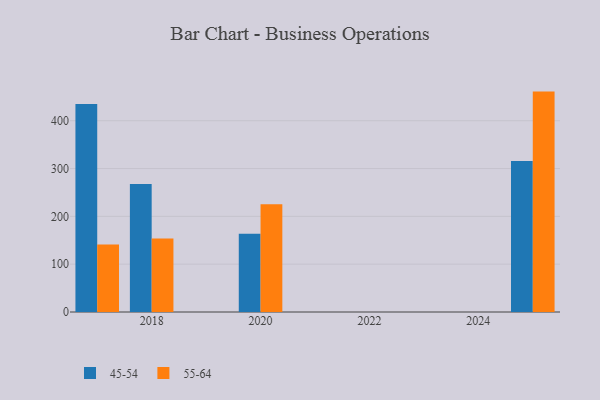
{"axis": {"x": "Year", "y": "Website Visitors"}, "legend": ["45-54", "55-64"], "data": [{"x": "2017", "y": 434.9, "type": "45-54"}, {"x": "2017", "y": 141.3, "type": "55-64"}, {"x": "2018", "y": 267.8, "type": "45-54"}, {"x": "2018", "y": 153.5, "type": "55-64"}, {"x": "2025", "y": 315.9, "type": "45-54"}, {"x": "2025", "y": 460.9, "type": "55-64"}, {"x": "2020", "y": 163.6, "type": "45-54"}, {"x": "2020", "y": 225.2, "type": "55-64"}]}